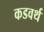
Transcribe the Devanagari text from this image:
कडवर्थ